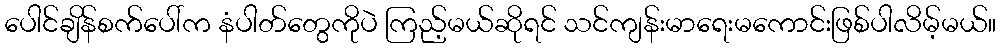
ပေါင်ချိန်စက်ပေါ်က နံပါတ်တွေကိုပဲ ကြည့်မယ်ဆိုရင် သင်ကျန်းမာရေးမကောင်းဖြစ်ပါလိမ့်မယ်။